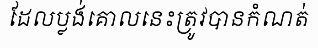
ដែលប្លង់គោលនេះត្រូវបានកំណត់